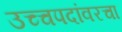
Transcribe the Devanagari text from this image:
उच्चपदांवरचा